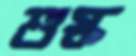
শুস্ক